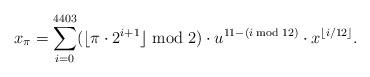
LaTeX: \begin{align*}x_{\pi} = \sum_{i = 0}^{4403} (\lfloor \pi \cdot 2^{i+1} \rfloor \bmod 2) \cdot u^{11-(i \bmod 12)} \cdot x^{ \lfloor i / 12 \rfloor}.\end{align*}